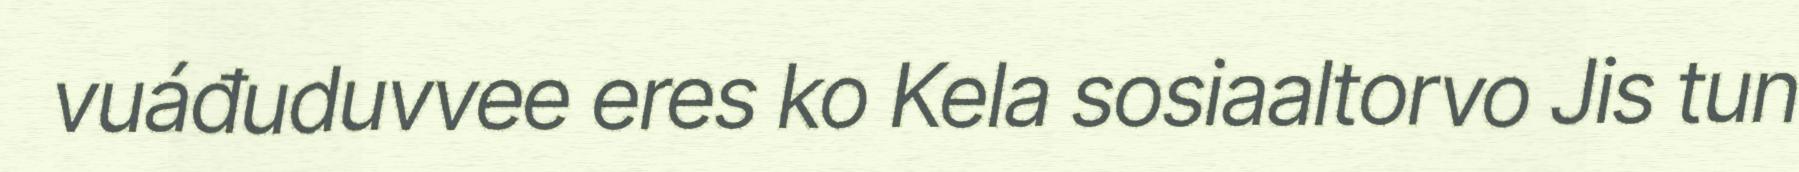
vuáđuduvvee eres ko Kela sosiaaltorvo Jis tun